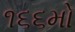
૧૬૬મો